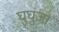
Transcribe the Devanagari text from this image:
घुघुजा